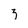
Character: 3